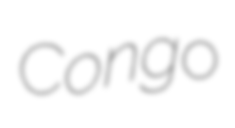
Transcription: Congo